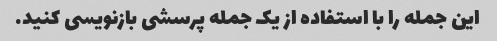
این جمله را با استفاده از یک جمله پرسشی بازنویسی کنید.